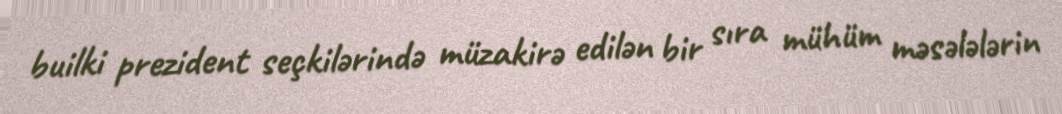
builki prezident seçkilərində müzakirə edilən bir sıra mühüm məsələlərin